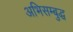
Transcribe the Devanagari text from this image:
अभिसम्बुद्ध